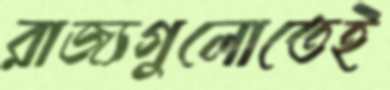
রাজ্যগুলোতেই